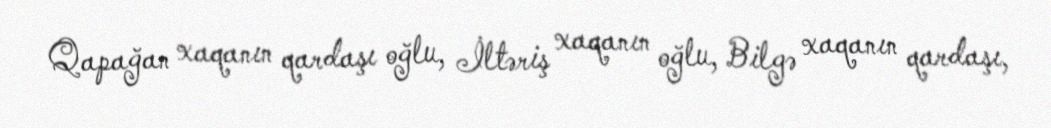
Qapağan xaqanın qardaşı oğlu, İltəriş xaqanın oğlu, Bilgə xaqanın qardaşı,